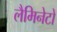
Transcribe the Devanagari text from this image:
लैमिनेटों